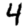
Digit: 4